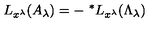
L _ { x ^ { \lambda } } ( A _ { \lambda } ) = - \ ^ { * } L _ { x ^ { \lambda } } ( \Lambda _ { \lambda } )